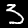
Label: 3